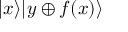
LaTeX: | x \rangle | y \oplus f ( x ) \rangle